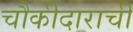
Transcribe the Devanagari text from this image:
चौकीदाराची